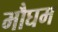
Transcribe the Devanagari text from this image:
मौघम